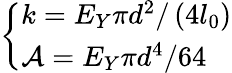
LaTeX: \left\{ \begin{array}{ll}{k=E_{Y}\pi d^{2}/\left(4l_{0}\right)}\\ {\mathcal{A}=E_{Y}\pi d^{4}/64}\end{array}\right.